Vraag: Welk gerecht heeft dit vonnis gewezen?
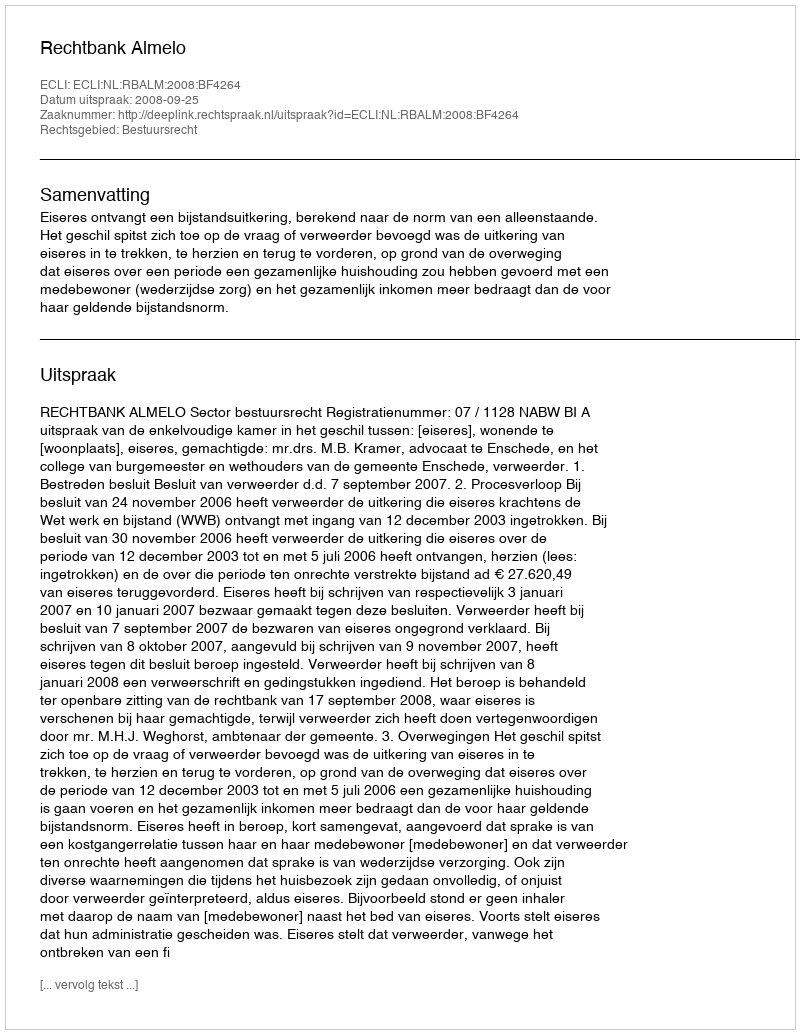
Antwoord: Rechtbank Almelo